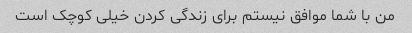
من با شما موافق نیستم برای زندگی کردن خیلی کوچک است